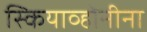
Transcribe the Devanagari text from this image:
स्कियाव्होनीना